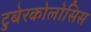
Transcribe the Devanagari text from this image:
टुबेरकोलोसिस